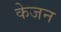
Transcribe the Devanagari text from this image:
केजन